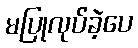
မပြုလုပ်ခဲ့ပေ